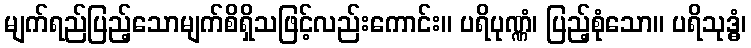
မျက်ရည်ပြည့်သောမျက်စိရှိသဖြင့်လည်းကောင်း။ ပရိပုဏ္ဏံ၊ ပြည့်စုံသော။ ပရိသုဒ္ဓံ၊